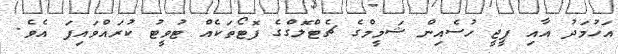
އަހުމަދު އާއި ޕީޖީ ހުސެއިން ޝަމީމްގެ ޗެޓްލޮގްގެ ފޮޓޯތަކެއް ޓުވީޓު ކުރައްވައިފަ އެވެ.